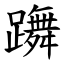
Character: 躌